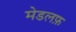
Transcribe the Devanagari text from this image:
मेडलफ़